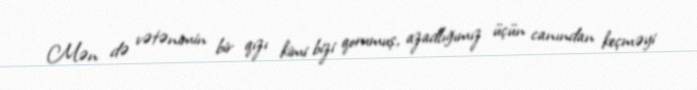
Mən də vətənimin bir qızı kimi bizi qorumuş, azadlığımız üçün canından keçməyi